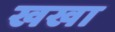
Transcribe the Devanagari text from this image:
खखा